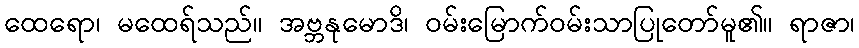
ထေရော၊ မထေရ်သည်။ အဗ္ဘနုမောဒိ၊ ဝမ်းမြောက်ဝမ်းသာပြုတော်မူ၏။ ရာဇာ၊